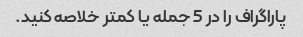
پاراگراف را در 5 جمله یا کمتر خلاصه کنید.